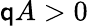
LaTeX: \mathsf{q}A>0